Scottish Leaving Certificate Examination, 1958
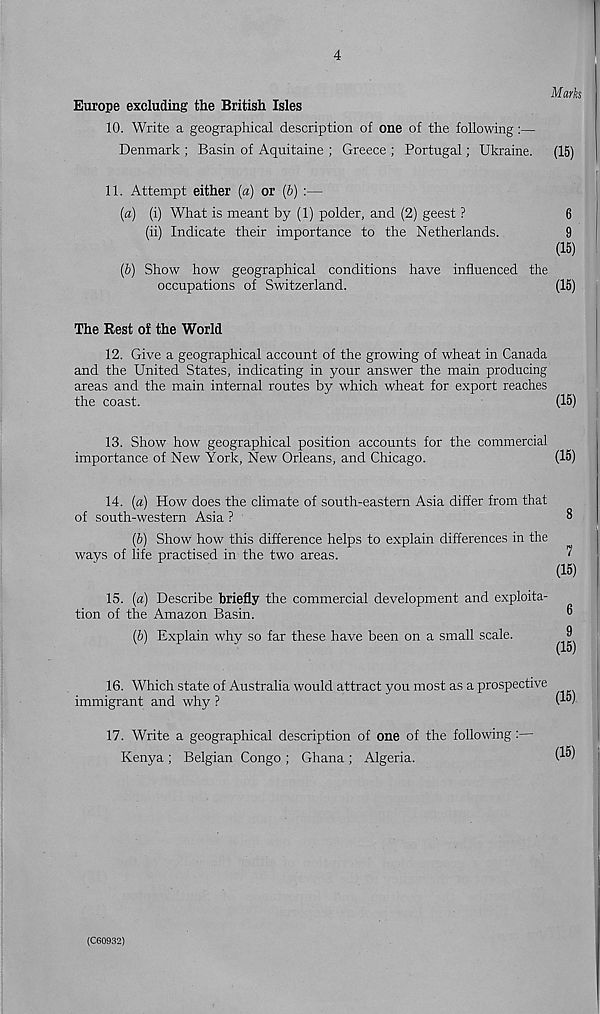
4
Marks
Europe excluding the British Isles
10. Write a geographical description of one of the following:—
Denmark ; Basin of Aquitaine ; Greece ; Portugal; Ukraine. (15)
11. Attempt either (a) or (b) :—
(а) (i) What is meant by (1) polder, and (2) geest ?
6
(ii) Indicate their importance to the Netherlands.
9
(15)
(б) Show how geographical conditions have influenced the
occupations of Switzerland.
(15)
The Rest of the World
12. Give a geographical account of the growing of wheat in Canada
and the United States, indicating in your answer the main producing
areas and the main internal routes by which wheat for export reaches
the coast.
(15)
13. Show how geographical position accounts for the commercial
importance of New York, New Orleans, and Chicago.
(15)
14. (a) How does the climate of south-eastern Asia differ from that
of south-western Asia ?
5
(6) Show how this difference helps to explain differences in the
ways of life practised in the two areas.
^
(15)
15. (a) Describe briefly the commercial development and exploita-
tion of the Amazon Basin.
®
(6) Explain why so far these have been on a small scale.
^
16. Which state of Australia would attract you most as a prospective
immigrant and why ?
(l*v
17. Write a geographical description of one of the following:—
Kenya ; Belgian Congo ; Ghana ; Algeria.
W
(C60932)